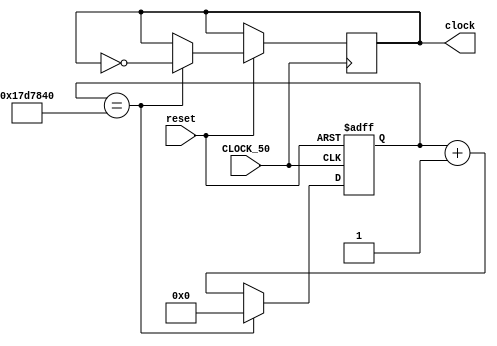
module oneSecClock
(
	input 	CLOCK_50,
	input 	reset, //Reset
	output reg clock
);   

reg [24:0] count25M;
/*

  1/50M = 2x10^-8 sec
   1/50M = 0.5/X
	50M/0.5 = X
	X = 25M
   
*/
always@(posedge CLOCK_50, negedge reset)
begin
	if(!reset)
	begin
		count25M <= 0;
	end
	else
		if(count25M == 25000000)
		begin
			clock <= !clock ;
			count25M <=0;
		end
		else
			count25M <= count25M + 1; 
end

endmodule